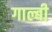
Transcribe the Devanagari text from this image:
गाल्बी